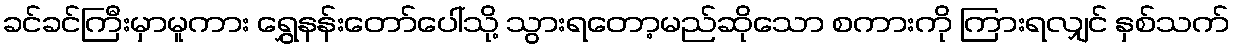
ခင်ခင်ကြီးမှာမူကား ရွှေနန်းတော်ပေါ်သို့ သွားရတော့မည်ဆိုသော စကားကို ကြားရလျှင် နှစ်သက်